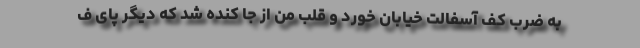
به ضرب کف آسفالت خیابان خورد و قلب من از جا کنده شد که دیگر پای ف